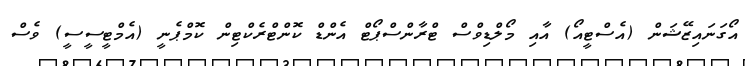
އޯގަނައިޒޭޝަން (އެސްޓީއޯ) އާއި މޯލްޑިވްސް ޓްރާންސްޕޯޓް އެންޑް ކޮންޓްރެކްޓިން ކޮމްޕެނީ (އެމްޓީސީސީ) ވެސް